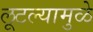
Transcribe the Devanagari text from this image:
लूटल्यामुळे